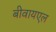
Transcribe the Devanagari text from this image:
बीवायएल